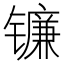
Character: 镰